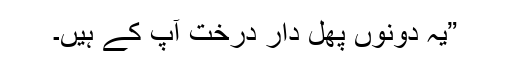
”یہ دونوں پھل دار درخت آپ کے ہیں۔